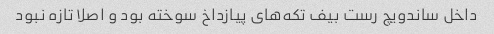
داخل ساندویچ رست بیف تکه‌های پیازداخ سوخته بود و اصلا تازه نبود